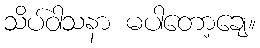
သိပ်ဝါသနာ မပါတော့ချေ။